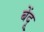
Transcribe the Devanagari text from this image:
बेंदू